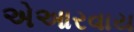
એઆરવાય